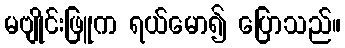
မဗျိုင်းဖြူက ရယ်မော၍ ပြောသည်။